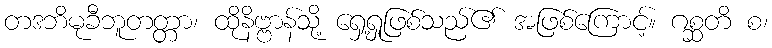
တဒဘိမုခီဘူတတ္တာ၊ ထိုနိဗ္ဗာန်သို့ ရှေ့ရှုဖြစ်သည်၏ အဖြစ်ကြောင့်။ ဂစ္ဆတိ စ၊